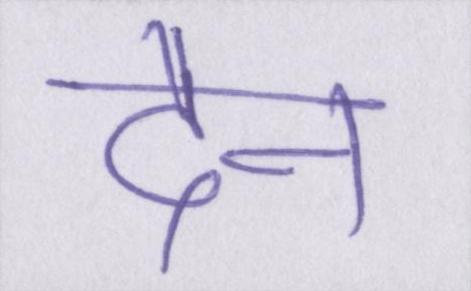
दैन